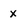
Character: x